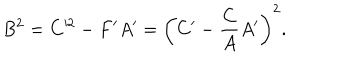
B ^ { 2 } = C ^ { 2 } - F ^ { \prime } A ^ { \prime } = \left( C ^ { \prime } - \frac { C } { A } A ^ { \prime } \right) ^ { 2 } .